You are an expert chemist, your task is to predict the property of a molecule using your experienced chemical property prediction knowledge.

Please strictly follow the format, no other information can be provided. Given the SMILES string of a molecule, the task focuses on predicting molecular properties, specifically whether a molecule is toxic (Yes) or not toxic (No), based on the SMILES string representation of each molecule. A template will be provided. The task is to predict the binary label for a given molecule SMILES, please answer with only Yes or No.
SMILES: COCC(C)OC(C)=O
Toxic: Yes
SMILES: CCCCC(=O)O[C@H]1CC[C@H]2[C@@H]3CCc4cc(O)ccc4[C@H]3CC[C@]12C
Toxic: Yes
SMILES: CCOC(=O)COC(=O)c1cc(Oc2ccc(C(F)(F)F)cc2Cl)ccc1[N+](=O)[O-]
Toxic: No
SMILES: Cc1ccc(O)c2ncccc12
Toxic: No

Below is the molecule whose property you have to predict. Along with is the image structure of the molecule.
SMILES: CC(C)Nc1cccnc1N1CCN(C(=O)c2cc3cc(NS(C)(=O)=O)ccc3[nH]2)CC1
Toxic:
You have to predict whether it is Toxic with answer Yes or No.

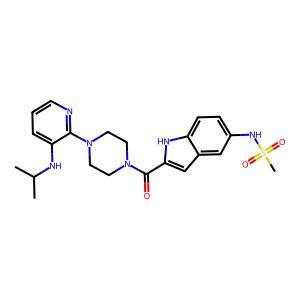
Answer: No